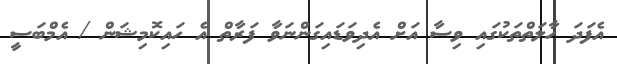
އެފަދަ ހާލަތްތަކުގައި ވިސާ އަށް އެދިވަޑައިގަންނަވާ ފަރާތް އެ ހައިކޮމިޝަން / އެމްބަސީ